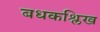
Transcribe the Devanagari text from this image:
बधकश्लिख